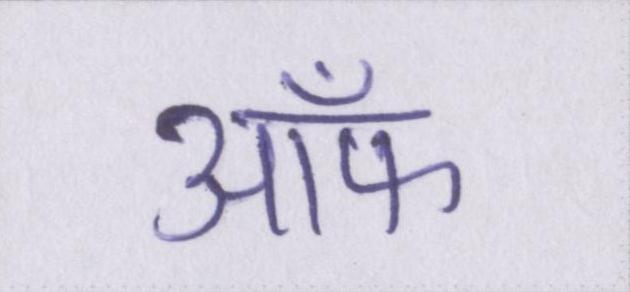
ऑफ